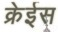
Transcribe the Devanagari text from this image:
क्रेईस